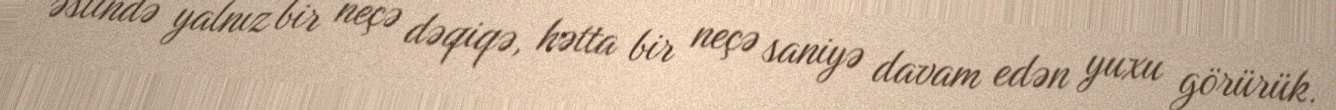
əslində yalnız bir neçə dəqiqə, hətta bir neçə saniyə davam edən yuxu görürük.